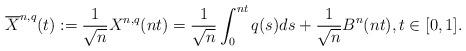
LaTeX: \begin{align*}\overline{X}^{n,q}(t) := \frac{1}{\sqrt{n}}X^{n,q}(nt) = \frac{1}{\sqrt{n}}\int_0^{nt}q(s)ds + \frac{1}{\sqrt{n}}B^n({nt}), t \in [0,1].\end{align*}